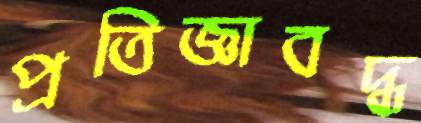
প্রতিজ্ঞাবদ্ধ